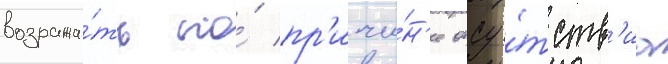
возража́ть по́ пр'ичи́н'е отсу́тств'иа